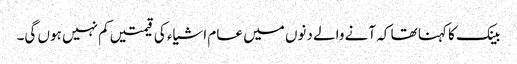
بینک کا کہنا تھا کہ آنے والے دنوں میں عام اشیاء کی قیمتیں کم نہیں ہوں گی۔